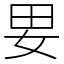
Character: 㚻